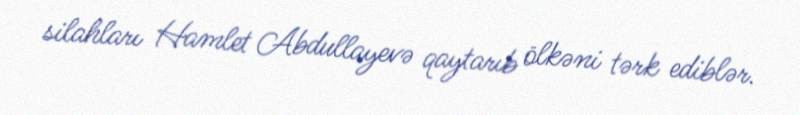
silahları Hamlet Abdullayevə qaytarıb ölkəni tərk ediblər.